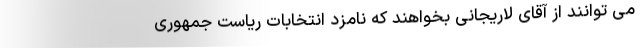
می توانند از آقای لاریجانی بخواهند که نامزد انتخابات ریاست جمهوری